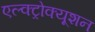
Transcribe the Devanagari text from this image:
एल्क्ट्रोक्यूशन